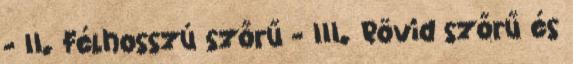
- II. Félhosszú szőrű - III. Rövid szőrű és